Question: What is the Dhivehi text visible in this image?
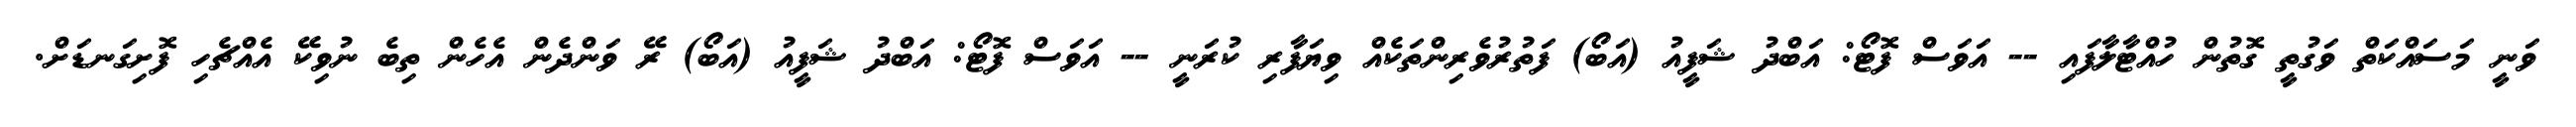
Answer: ވަނީ މަސައްކަތް ވަގުތީ ގޮތުން ހުއްޓާލާފައި -- އަވަސް ފޮޓޯ: އަބްދު ޝަފީއު (އަބޯ) ފަތުރުވެރިންތަކެއް ވިޔަފާރި ކުރަނީ -- އަވަސް ފޮޓޯ: އަބްދު ޝަފީއު (އަބޯ) ރޭ ވަންދެން އެހެން ތިބެ ނުވިކޭ އެއްޗެހި ފޮށިގަނޑަށް.